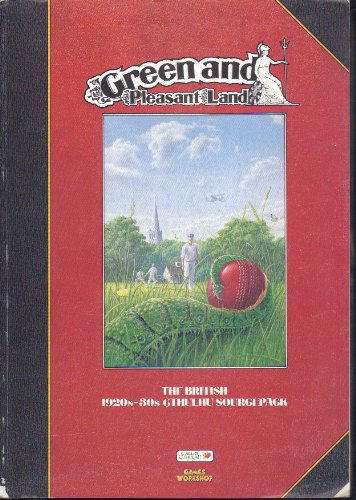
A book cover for Green and Pleasant Land (Call of Cthulhu); P. Tamlyn; Science Fiction & Fantasy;